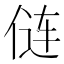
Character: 𫢪